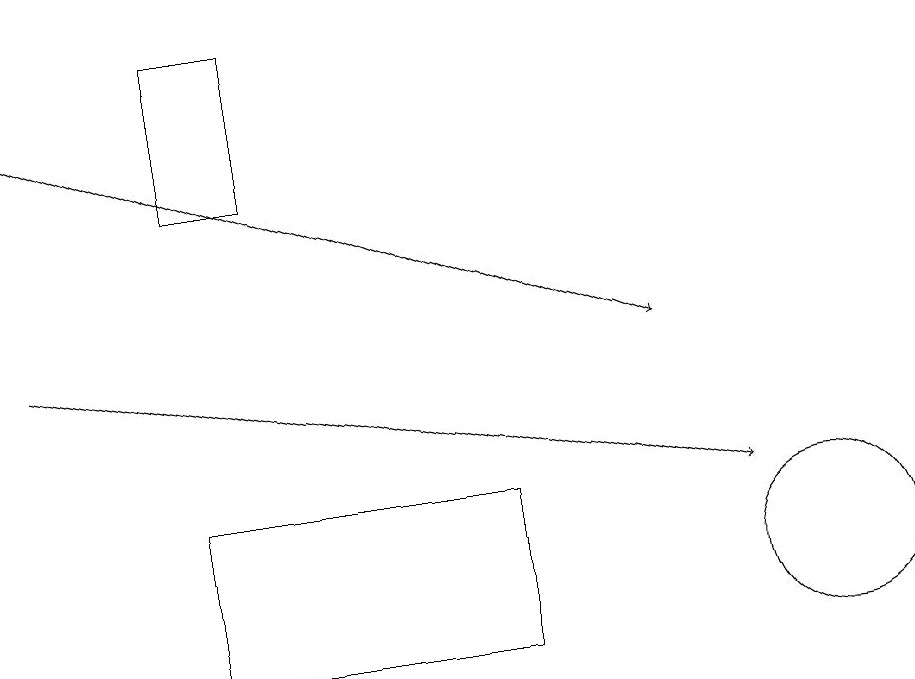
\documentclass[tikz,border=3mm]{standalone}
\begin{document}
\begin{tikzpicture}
\draw[->] (0,17) -- (8,14);
\draw (2,10) rectangle (6,12);
\draw (2,18) rectangle (3,16);
\draw (11,10) circle (0);
\draw (10,11) circle (1);
\draw[->] (0,14) -- (9,12);
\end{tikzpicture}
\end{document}